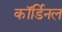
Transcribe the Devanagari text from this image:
कॉर्डिनल